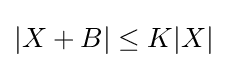
|X+B|\leq K|X|